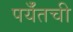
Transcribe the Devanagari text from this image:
पर्यँतची